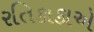
રતિકાકાએ